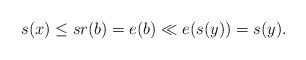
LaTeX: \begin{align*} s(x)\le sr(b)=e(b)\ll e(s(y))=s(y).\end{align*}